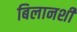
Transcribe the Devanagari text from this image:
बिलानशी